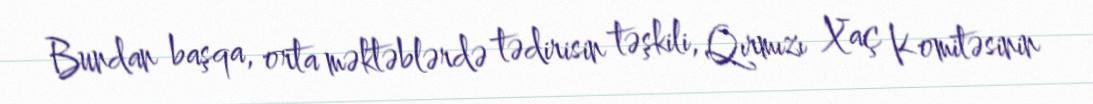
Bundan başqa, orta məktəblərdə tədirisin təşkili, Qırmızı Xaç Komitəsinin